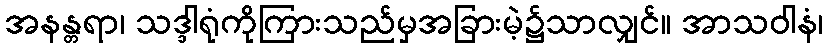
အနန္တရာ၊ သဒ္ဒါရုံကိုကြားသည်မှအခြားမဲ့၌သာလျှင်။ အာသဝါနံ၊